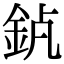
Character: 𨥵